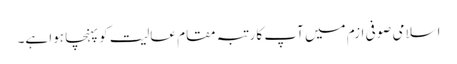
اسلامی صوفی ازم میں آپ کا رتبہ مقام عالیت کو پہنچا ہوا ہے۔